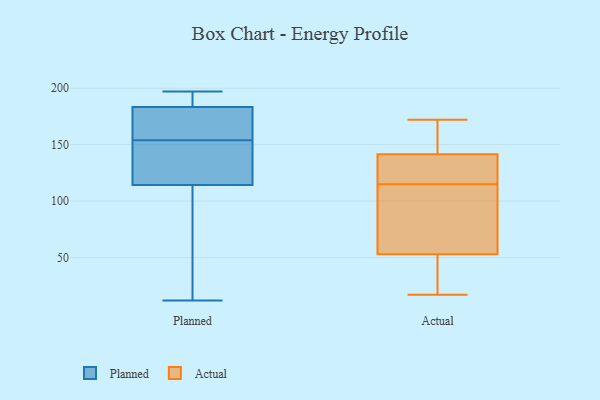
{"axis": {"x": "Temperature (°C)", "y": "Value"}, "legend": ["Actual", "Planned"], "data": [{"x": "", "y": 128, "type": "Planned"}, {"x": "", "y": 189, "type": "Planned"}, {"x": "", "y": 181, "type": "Planned"}, {"x": "", "y": 184, "type": "Planned"}, {"x": "", "y": 111, "type": "Planned"}, {"x": "", "y": 174, "type": "Planned"}, {"x": "", "y": 12, "type": "Planned"}, {"x": "", "y": 154, "type": "Planned"}, {"x": "", "y": 56, "type": "Planned"}, {"x": "", "y": 175, "type": "Planned"}, {"x": "", "y": 197, "type": "Planned"}, {"x": "", "y": 12, "type": "Planned"}, {"x": "", "y": 124, "type": "Planned"}, {"x": "", "y": 138, "type": "Planned"}, {"x": "", "y": 191, "type": "Planned"}, {"x": "", "y": 17, "type": "Actual"}, {"x": "", "y": 132, "type": "Actual"}, {"x": "", "y": 145, "type": "Actual"}, {"x": "", "y": 172, "type": "Actual"}, {"x": "", "y": 25, "type": "Actual"}, {"x": "", "y": 138, "type": "Actual"}, {"x": "", "y": 165, "type": "Actual"}, {"x": "", "y": 69, "type": "Actual"}, {"x": "", "y": 88, "type": "Actual"}, {"x": "", "y": 110, "type": "Actual"}, {"x": "", "y": 120, "type": "Actual"}, {"x": "", "y": 37, "type": "Actual"}]}